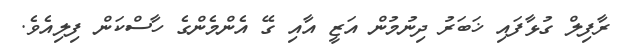
ރާފިލް ގުޅާފައި ޚަބަރު ދިނުމުން އަޒީ އާއި ގޭ އެންމެންގެ ހާސްކަން ފިލިއެވެ.